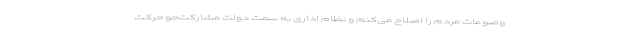
وضوعات مردم را اصلاح می‌کنم و نظام اداری به سمت دولت مشارکت‌جو حرکت